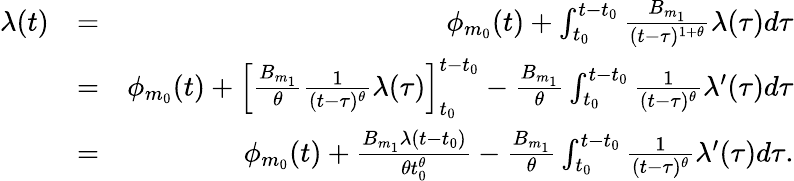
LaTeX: \begin{array}{rlr}{\lambda(t)}&{=}&{\phi_{m_{0}}(t)+\int_{t_{0}}^{t-t_{0}}\frac{B_{m_{1}}}{(t-\tau)^{1+\theta}}\lambda(\tau)d\tau}\\ &{=}&{\phi_{m_{0}}(t)+\Big[\frac{B_{m_{1}}}{\theta}\frac{1}{(t-\tau)^{\theta}}\lambda(\tau)\Big]_{t_{0}}^{t-t_{0}}-\frac{B_{m_{1}}}{\theta}\int_{t_{0}}^{t-t_{0}}\frac{1}{(t-\tau)^{\theta}}\lambda^{\prime}(\tau)d\tau}\\ &{=}&{\phi_{m_{0}}(t)+\frac{B_{m_{1}}\lambda(t-t_{0})}{\theta t_{0}^{\theta}}-\frac{B_{m_{1}}}{\theta}\int_{t_{0}}^{t-t_{0}}\frac{1}{(t-\tau)^{\theta}}\lambda^{\prime}(\tau)d\tau.}\end{array}